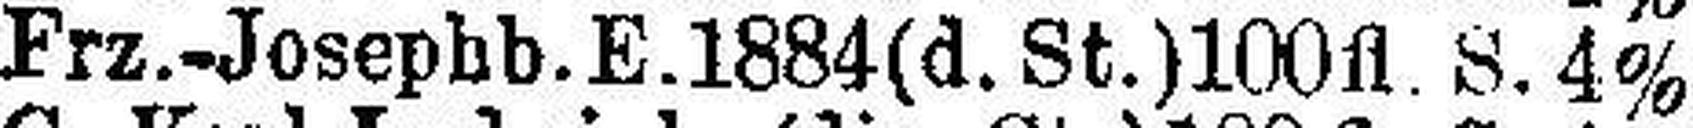
Frz.-Josephb. E.1884(d. St.) 100 fl. S. 4%